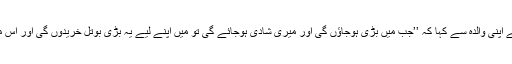
ایک دن صابریہ نے اپنی والدہ سے کہا کہ ’’جب میں بڑی ہوجاؤں گی اور میری شادی ہوجائے گی تو میں اپنے لیے یہ بڑی بوتل خریدوں گی اور اس میں جوس پیوں گی۔